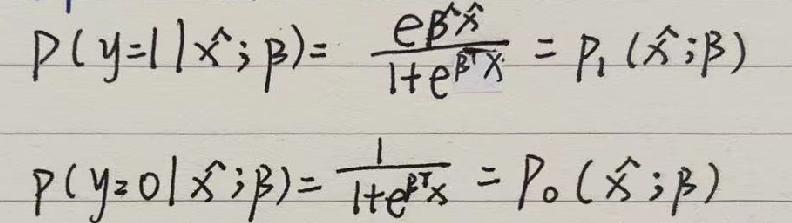
\[
\begin{align*}
P(y = 1|\hat{x};\beta)&=\frac{e^{\beta^T\hat{x}}}{1 + e^{\beta^T\hat{x}}}=P_1(\hat{x};\beta)\\
P(y = 0|\hat{x};\beta)&=\frac{1}{1 + e^{\beta^T\hat{x}}}=P_0(\hat{x};\beta)
\end{align*}
\]